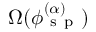
\Omega ( \phi _ { \mathrm { ~ s ~ p ~ } } ^ { ( \alpha ) } )